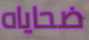
ضحاياه